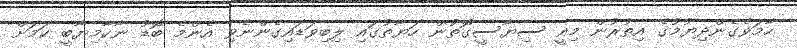
ހާމަވެގެންދިޔުމުގެ އިތުރުން މިއީ ސިޔާސީގޮތުން ހަޔާތުގައި ލިބިވަޑައިގެންނެވި އެންމެ ބޮޑު ނާކާމިޔާބީ ކަމަށް